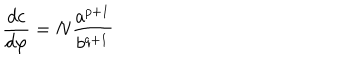
\frac { d c } { d \varphi } = N \frac { a ^ { p + 1 } } { b ^ { q + 1 } }